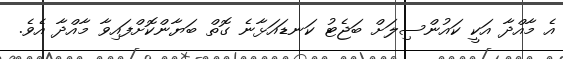
އެ މާއްދާ އަކީ ކައުންސިލަށް ބަޖެޓު ކަނޑައަޅާނެ ގޮތް ބަޔާންކޮށްފައިވާ މާއްދާ އެވެ.